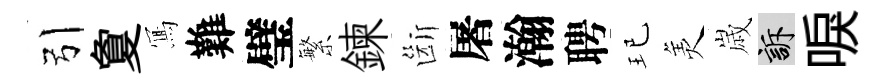
引夐𭂁難璧繁鍊斷屠瀚聘玘羙𡻕訴唳